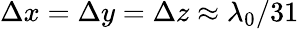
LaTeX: \Delta x=\Delta y=\Delta z\approx\lambda_{0}/31